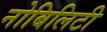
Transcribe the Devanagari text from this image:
नोबिलिटी